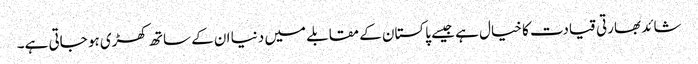
شائد بھارتی قیادت کا خیال ہے جیسے پاکستان کے مقابلے میں دنیا ان کے ساتھ کھڑی ہو جاتی ہے۔